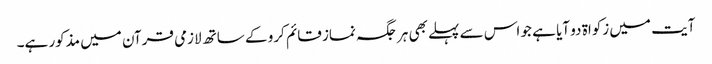
آیت میں زکواۃ دو آیا ہے جو اس سے پہلے بھی ہر جگہ نماز قائم کرو کے ساتھ لازمی قرآن میں مذکور ہے۔